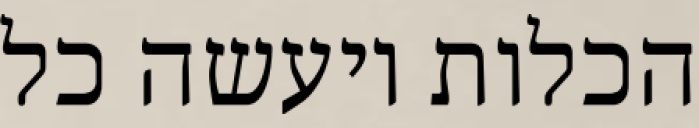
הכלות ויעשה כל